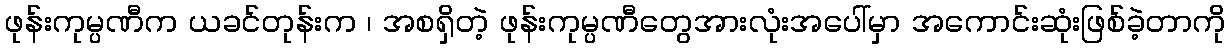
ဖုန်းကုမ္ပဏီက ယခင်တုန်းက ၊ အစရှိတဲ့ ဖုန်းကုမ္ပဏီတွေအားလုံးအပေါ်မှာ အကောင်းဆုံးဖြစ်ခဲ့တာကို